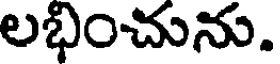
లభించును.